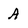
Character: A